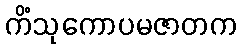
ကိံသုကောပမဇာတက